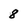
Character: 8